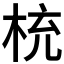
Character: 𣑁